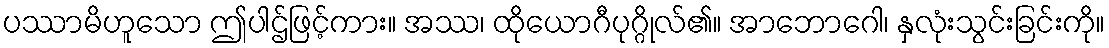
ပဿာမိဟူသော ဤပါဌ်ဖြင့်ကား။ အဿ၊ ထိုယောဂီပုဂ္ဂိုလ်၏။ အာဘောဂေါ၊ နှလုံးသွင်းခြင်းကို။